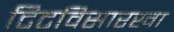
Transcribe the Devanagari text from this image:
टिटविसारखा